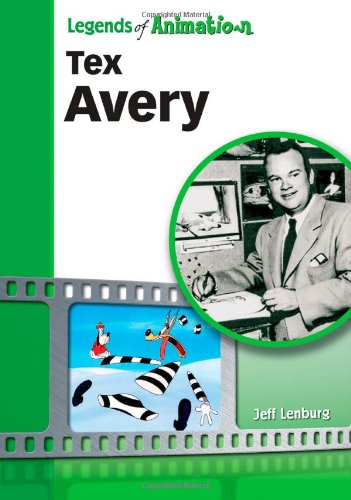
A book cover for Tex Avery: Hollywood's Master of Screwball Cartoons (Legends of Animation); Jeff Lenburg; Teen & Young Adult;